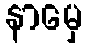
နာမှေ